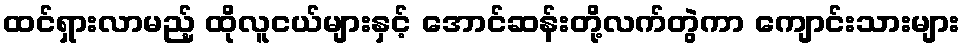
ထင်ရှားလာမည့် ထိုလူငယ်များနှင့် အောင်ဆန်းတို့လက်တွဲကာ ကျောင်းသားများ